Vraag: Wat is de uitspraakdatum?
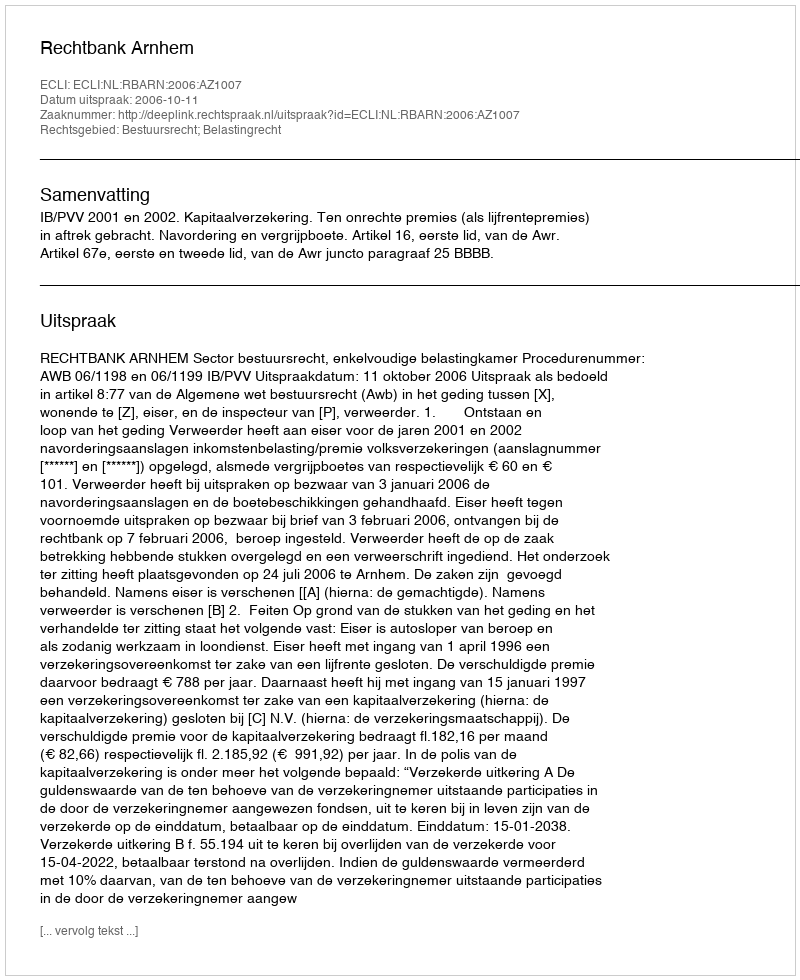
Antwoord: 2006-10-11